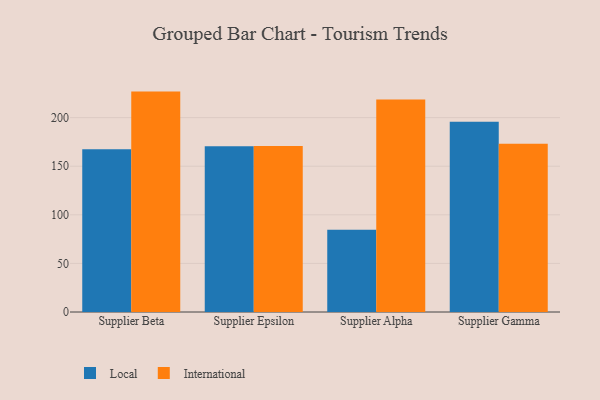
{"axis": {"x": "Supplier", "y": "Bounce Rate (%)"}, "legend": ["International", "Local"], "data": [{"x": "Supplier Beta", "y": 167.6, "type": "Local"}, {"x": "Supplier Beta", "y": 226.8, "type": "International"}, {"x": "Supplier Epsilon", "y": 170.5, "type": "Local"}, {"x": "Supplier Epsilon", "y": 170.9, "type": "International"}, {"x": "Supplier Alpha", "y": 84.7, "type": "Local"}, {"x": "Supplier Alpha", "y": 218.6, "type": "International"}, {"x": "Supplier Gamma", "y": 195.7, "type": "Local"}, {"x": "Supplier Gamma", "y": 173.1, "type": "International"}]}